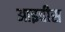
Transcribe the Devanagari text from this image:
आइवीस